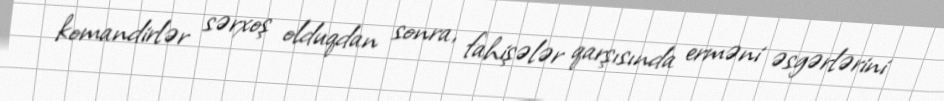
komandirlər sərxoş olduqdan sonra, fahişələr qarşısında erməni əsgərlərini